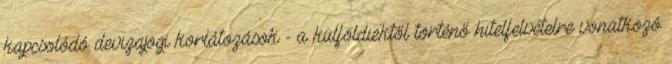
kapcsolódó devizajogi korlátozások - a külföldiektől történő hitelfelvételre vonatkozó